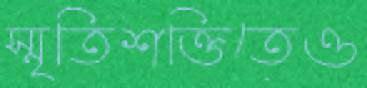
স্মৃতিশক্তিতেও